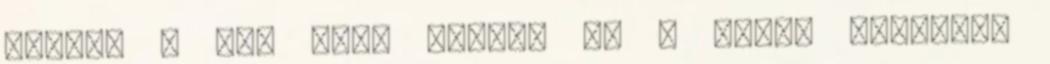
játék, a spa­ nyol Ferrer és a japán Nisikori